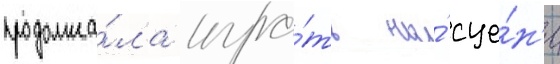
продолжа́ла игра́ть на́ сце́н'е